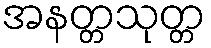
အနတ္တသုတ္တ